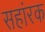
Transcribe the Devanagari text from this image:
सहांरक